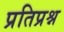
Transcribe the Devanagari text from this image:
प्रतिप्रश्न